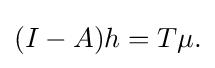
\displaystyle {(I-A)h=T\mu .}